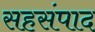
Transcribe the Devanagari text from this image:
सहसंपाद